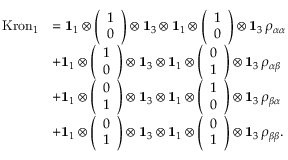
\begin{array} { r l } { \mathrm { K r o n } _ { 1 } } & { = \mathbf { 1 } _ { 1 } \otimes \left( \begin{array} { l } { 1 } \\ { 0 } \end{array} \right) \otimes \mathbf { 1 } _ { 3 } \otimes \mathbf { 1 } _ { 1 } \otimes \left( \begin{array} { l } { 1 } \\ { 0 } \end{array} \right) \otimes \mathbf { 1 } _ { 3 } \, \rho _ { \alpha \alpha } } \\ & { + \mathbf { 1 } _ { 1 } \otimes \left( \begin{array} { l } { 1 } \\ { 0 } \end{array} \right) \otimes \mathbf { 1 } _ { 3 } \otimes \mathbf { 1 } _ { 1 } \otimes \left( \begin{array} { l } { 0 } \\ { 1 } \end{array} \right) \otimes \mathbf { 1 } _ { 3 } \, \rho _ { \alpha \beta } } \\ & { + \mathbf { 1 } _ { 1 } \otimes \left( \begin{array} { l } { 0 } \\ { 1 } \end{array} \right) \otimes \mathbf { 1 } _ { 3 } \otimes \mathbf { 1 } _ { 1 } \otimes \left( \begin{array} { l } { 1 } \\ { 0 } \end{array} \right) \otimes \mathbf { 1 } _ { 3 } \, \rho _ { \beta \alpha } } \\ & { + \mathbf { 1 } _ { 1 } \otimes \left( \begin{array} { l } { 0 } \\ { 1 } \end{array} \right) \otimes \mathbf { 1 } _ { 3 } \otimes \mathbf { 1 } _ { 1 } \otimes \left( \begin{array} { l } { 0 } \\ { 1 } \end{array} \right) \otimes \mathbf { 1 } _ { 3 } \, \rho _ { \beta \beta } . } \end{array}